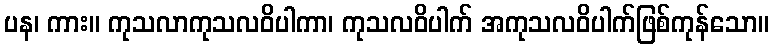
ပန၊ ကား။ ကုသလာကုသလဝိပါကာ၊ ကုသလဝိပါက် အကုသလဝိပါက်ဖြစ်ကုန်သော။